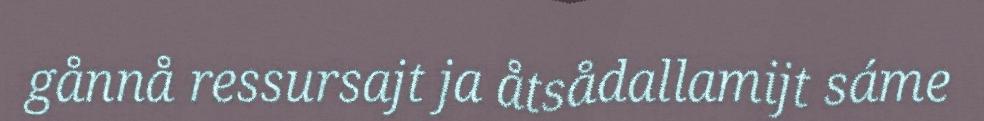
gånnå ressursajt ja åtsådallamijt sáme